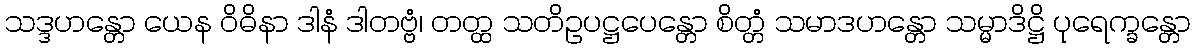
သဒ္ဒဟန္တော ယေန ဝိဓိနာ ဒါနံ ဒါတဗ္ဗံ၊ တတ္ထ သတိဥပဋ္ဌပေန္တော စိတ္တံ သမာဒဟန္တော သမ္မာဒိဋ္ဌိ ပုရေက္ခန္တော